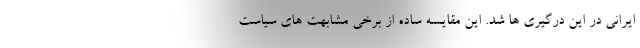
ایرانی در این درگیری ها شد. این مقایسه ساده از برخی مشابهت های سیاست